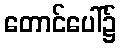
တောင်ပေါ်၌